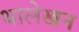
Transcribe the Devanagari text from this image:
थालेखन